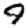
Digit: 9